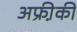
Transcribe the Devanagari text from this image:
अफ्री़की